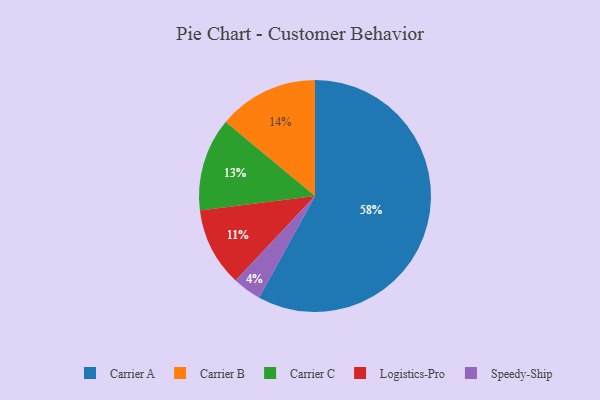
{"axis": {"x": "Category", "y": "Percentage"}, "legend": ["Carrier A", "Carrier B", "Carrier C", "Logistics-Pro", "Speedy-Ship"], "data": [{"x": "Carrier A", "y": 58, "type": "Carrier A"}, {"x": "Carrier C", "y": 13, "type": "Carrier C"}, {"x": "Speedy-Ship", "y": 4, "type": "Speedy-Ship"}, {"x": "Logistics-Pro", "y": 11, "type": "Logistics-Pro"}, {"x": "Carrier B", "y": 14, "type": "Carrier B"}]}